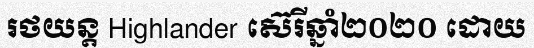
រថយន្ត Highlander ស៊េរីឆ្នាំ២០២០ ដោយ